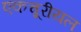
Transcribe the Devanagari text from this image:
एकचूरीयल